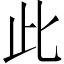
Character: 此